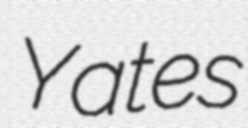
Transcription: Yates